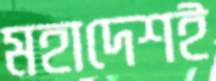
মহাদেশই